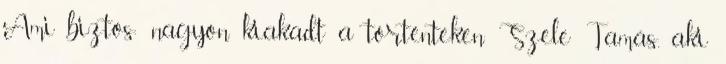
Ami biztos: nagyon kiakadt a történteken Szele Tamás, aki